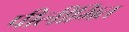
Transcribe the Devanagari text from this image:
पीलीभित